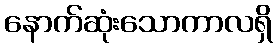
နောက်ဆုံးသောကာလရှိ